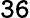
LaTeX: \mathtt{36}